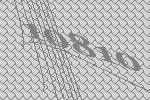
10810